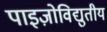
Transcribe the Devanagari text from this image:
पाइज़ोविद्युतीय